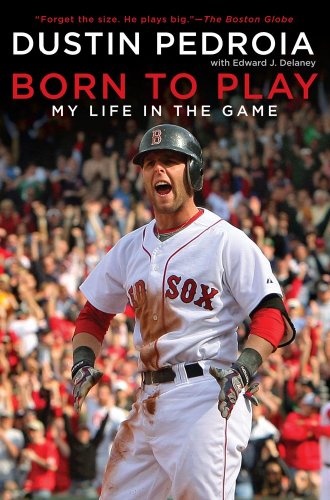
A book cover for Born to Play: My Life in the Game; Dustin Pedroia; Biographies & Memoirs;